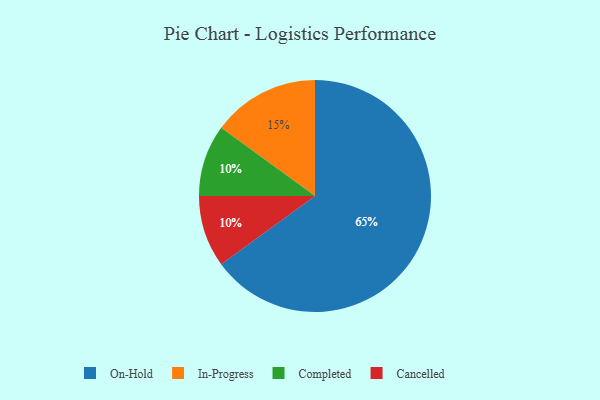
{"axis": {"x": "Category", "y": "Percentage"}, "legend": ["Cancelled", "Completed", "In-Progress", "On-Hold"], "data": [{"x": "Completed", "y": 10, "type": "Completed"}, {"x": "Cancelled", "y": 10, "type": "Cancelled"}, {"x": "In-Progress", "y": 15, "type": "In-Progress"}, {"x": "On-Hold", "y": 65, "type": "On-Hold"}]}